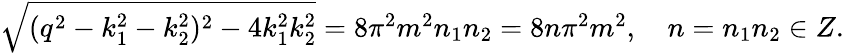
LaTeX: \begin{array}{r}{\sqrt{(q^{2}-k_{1}^{2}-k_{2}^{2})^{2}-4k_{1}^{2}k_{2}^{2}}=8\pi^{2}m^{2}n_{1}n_{2}=8n\pi^{2}m^{2},\quad n=n_{1}n_{2}\in Z.}\end{array}